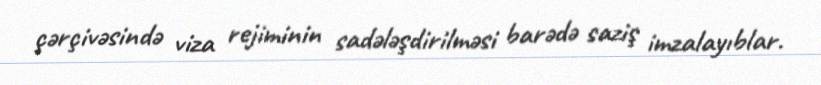
çərçivəsində viza rejiminin sadələşdirilməsi barədə saziş imzalayıblar.